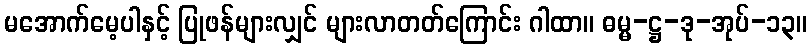
မအောက်မေ့ပါနှင့် ပြုဖန်များလျှင် များလာတတ်ကြောင်း ဂါထာ။ ဓမ္မ-ဋ္ဌ-ဒု-အုပ်-၁၃။